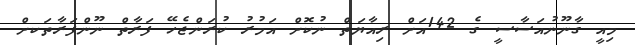
މިއީ ގާނޫނުއަސާސީ ގެ 142އަށް ރިއާޔަތް ނުކޮށް އަމުރު ކުރަންޖެހޭ ފަރާތް ނޫންފަރާތަކށް